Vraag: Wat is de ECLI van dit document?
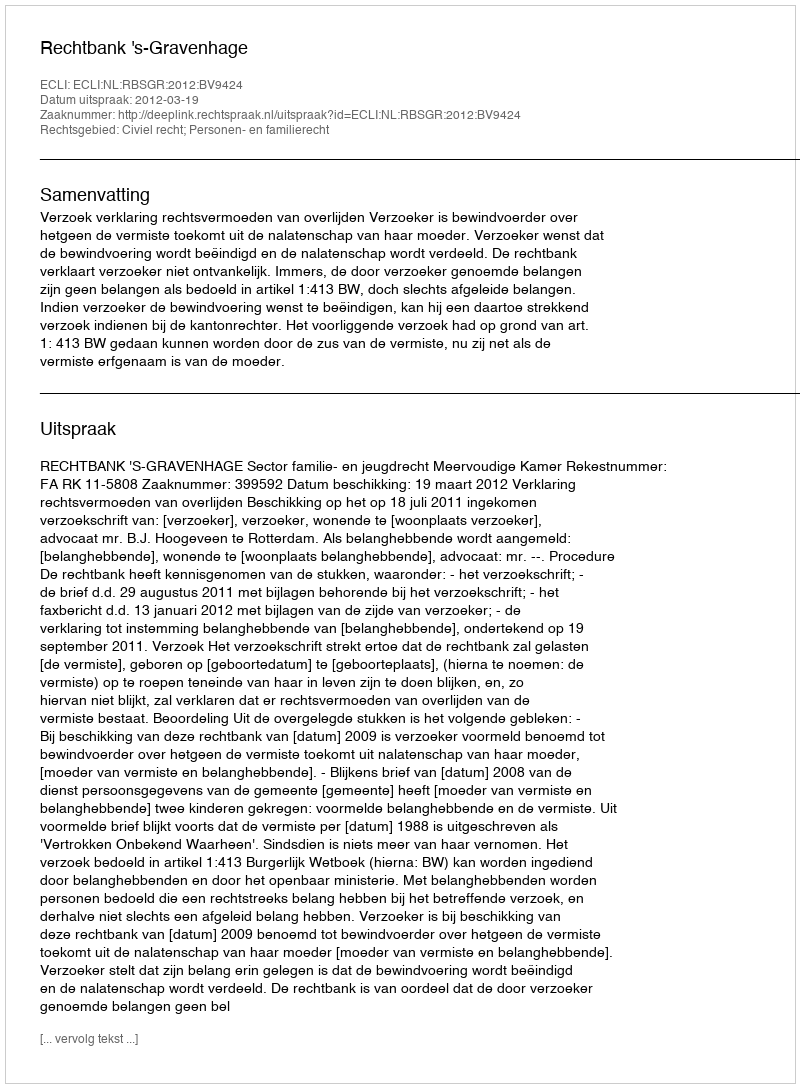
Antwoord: ECLI:NL:RBSGR:2012:BV9424